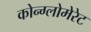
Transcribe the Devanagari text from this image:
कोन्ग्लोमेरेट